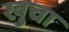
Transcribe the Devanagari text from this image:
खुचा